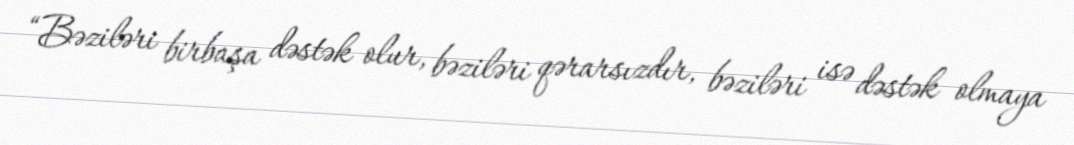
“Bəziləri birbaşa dəstək olur, bəziləri qərarsızdır, bəziləri isə dəstək olmaya